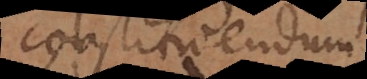
constituendum